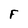
Character: F